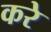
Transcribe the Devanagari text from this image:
करेे